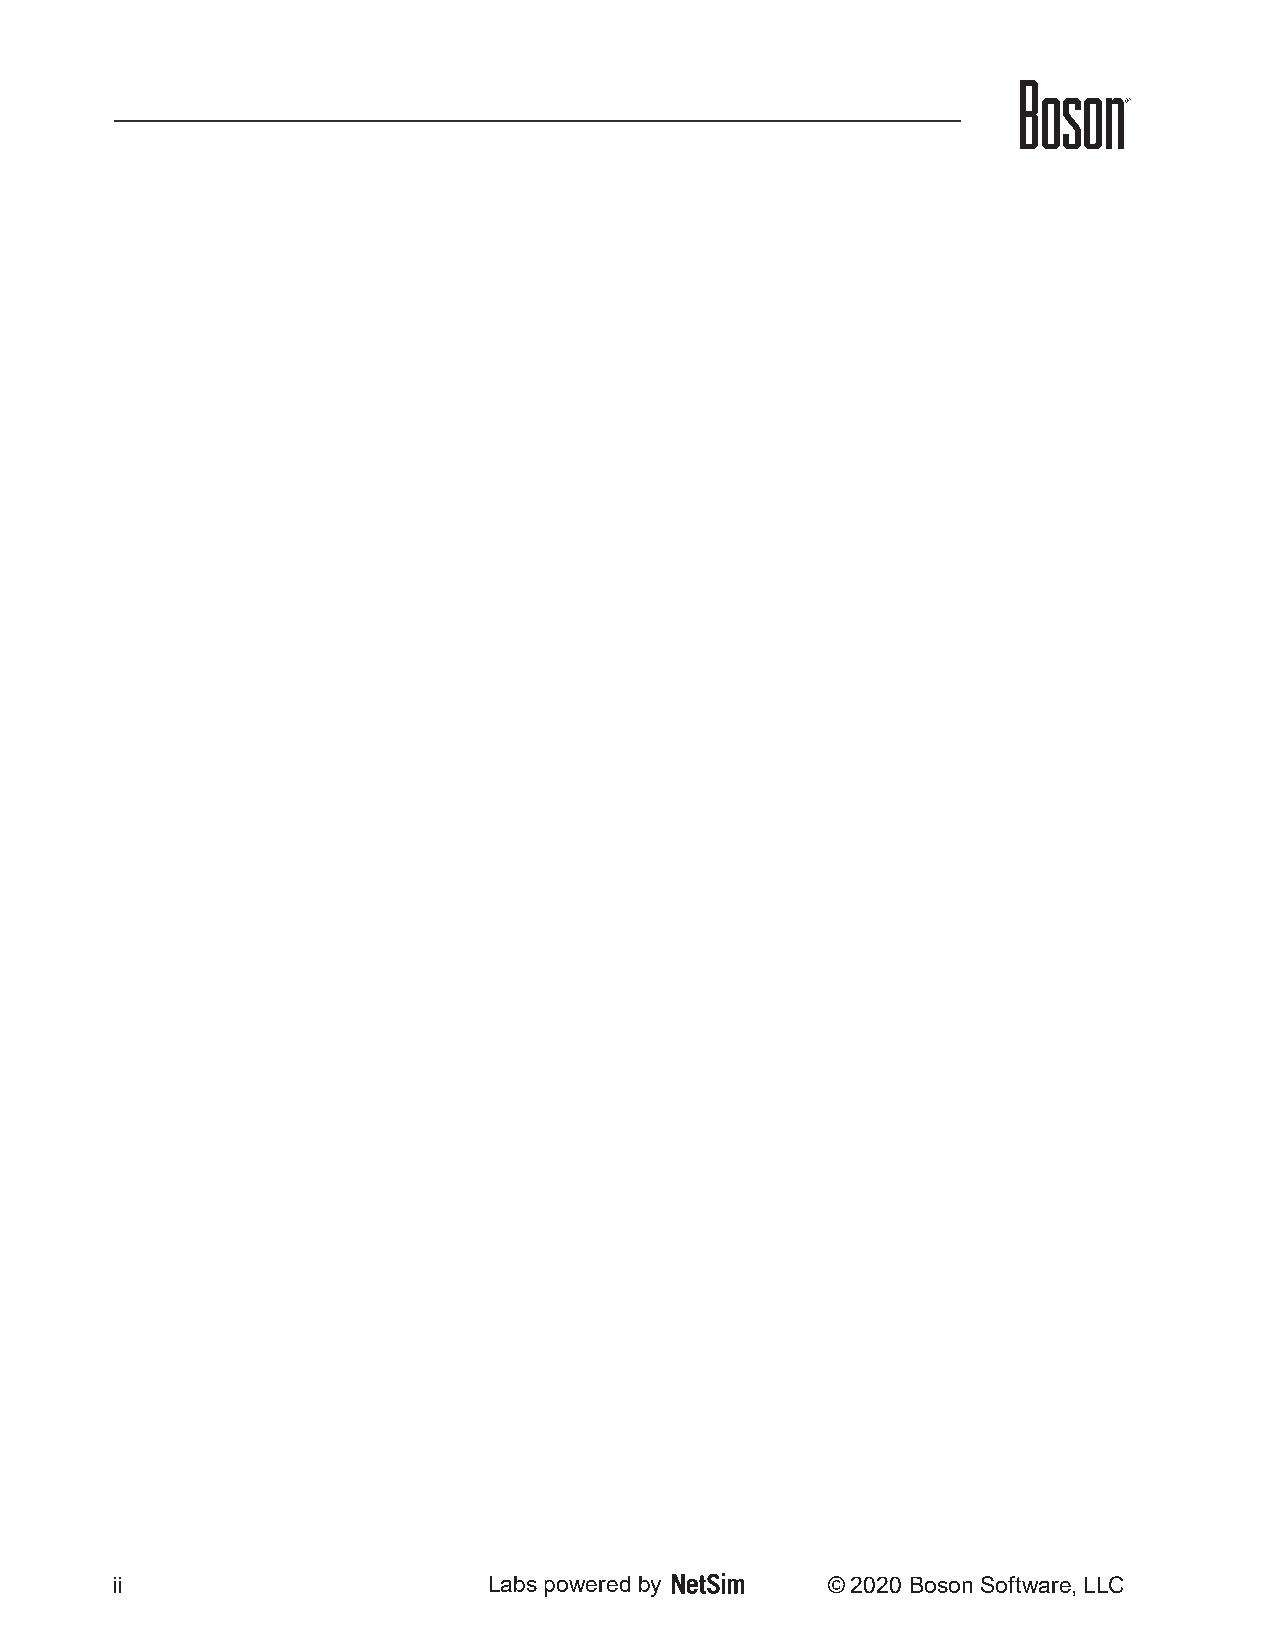
ii                       Labs powered by        © 2020 Boson Software, LLC